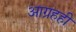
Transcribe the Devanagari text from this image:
आग्रहही